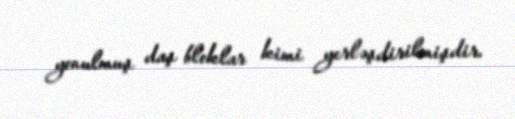
yonulmuş daş bloklar kimi yerləşdirilmişdir.